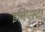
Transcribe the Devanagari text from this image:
इनिएस्टा